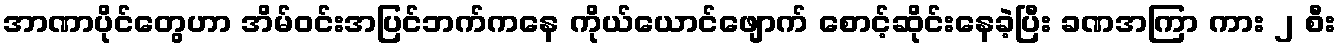
အာဏာပိုင်တွေဟာ အိမ်ဝင်းအပြင်ဘက်ကနေ ကိုယ်ယောင်ဖျောက် စောင့်ဆိုင်းနေခဲ့ပြီး ခဏအကြာ ကား ၂ စီး